Black-water fever - Number 35
Disease focus: Fever
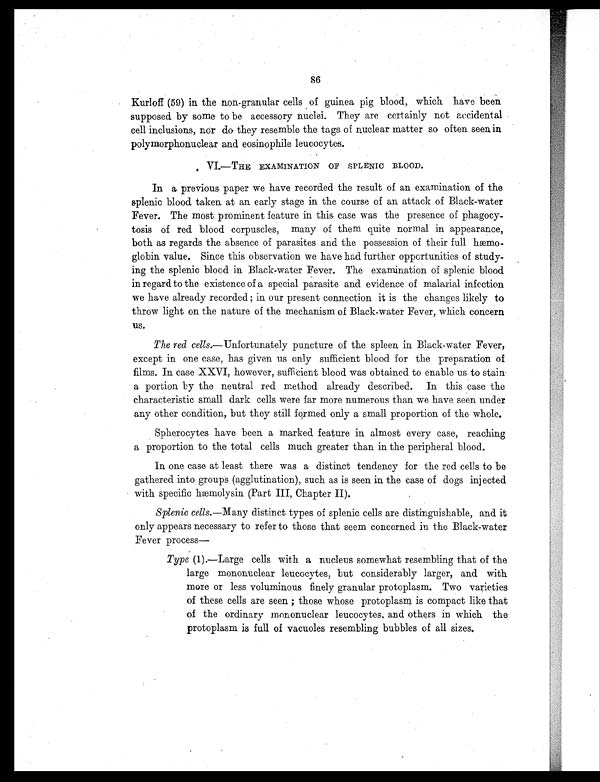
86
Kurloff (59) in the non-granular cells of guinea pig blood, which have been
supposed by some to be accessory nuclei. They are certainly not accidental
cell inclusions, nor do they resemble the tags of nuclear matter so often seen in
polymorphonuclear and eosinophile leucocytes.
VI.—THE EXAMINATION OF SPLENIC BLOOD.
In a previous paper we have recorded the result of an examination of the
splenic blood taken at an early stage in the course of an attack of Black-water
Fever. The most prominent feature in this case was the presence of phagocy-
tosis of red blood corpuscles, many of them quite normal in appearance,
both as regards the absence of parasites and the possession of their full hæmo-
globin value. Since this observation we have had further opportunities of study-
ing the splenic blood in Black-water Fever. The examination of splenic blood
in regard to the existence of a special parasite and evidence of malarial infection
we have already recorded ; in our present connection it is the changes likely to
throw light on the nature of the mechanism of Black-water Fever, which concern
us.
The red cells.—Unfortunately puncture of the spleen in Black-water Fever,
except in one case, has given us only sufficient blood for the preparation of
films. In case XXVI, however, sufficient blood was obtained to enable us to stain
a portion by the neutral red method already described. In this case the
characteristic small dark cells were far more numerous than we have seen under
any other condition, but they still formed only a small proportion of the whole.
Spherocytes have been a marked feature in almost every case, reaching
a proportion to the total cells much greater than in the peripheral blood.
In one case at least there was a distinct tendency for the red cells to be
gathered into groups (agglutination), such as is seen in the case of dogs injected
with specific hæmolysin (Part III, Chapter II).
Splenic cells. —Many distinct types of splenic cells are distinguishable, and it
only appears necessary to refer to those that seem concerned in the Black-water
Fever process—
Type (1).—Large cells with a nucleus somewhat resembling that of the
large mononuclear leucocytes, but considerably larger, and with
more or less voluminous finely granular protoplasm. Two varieties
of these cells are seen ; those whose protoplasm is compact like that
of the ordinary mononuclear leucocytes, and others in which the
protoplasm is full of vacuoles resembling bubbles of all sizes.